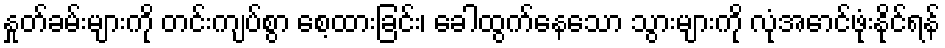
နှုတ်ခမ်းများကို တင်းကျပ်စွာ စေ့ထားခြင်း၊ ခေါထွက်နေသော သွားများကို လုံအောင်ဖုံးနိုင်ရန်